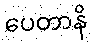
ပေတာနိ